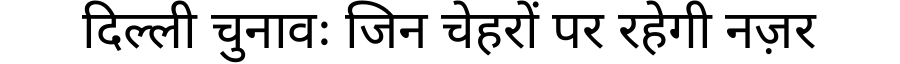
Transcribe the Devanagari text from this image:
दिल्ली चुनावः जिन चेहरों पर रहेगी नज़र